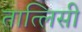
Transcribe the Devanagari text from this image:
तात्लिसी